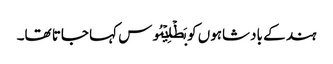
ہند کے بادشاہوں کو بَطۡلِیۡمُوس کہا جاتا تھا۔